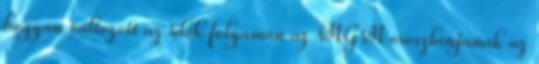
hogyan változott az idők folyamán az MGM oroszlánjának az